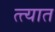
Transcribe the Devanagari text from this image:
त्त्यात